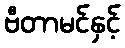
ဗီတာမင်နှင့်